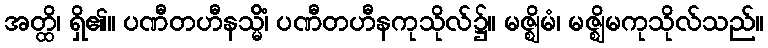
အတ္ထိ၊ ရှိ၏။ ပဏီတဟီနသ္မိံ၊ ပဏီတဟီနကုသိုလ်၌။ မဇ္ဈိမံ၊ မဇ္ဈိမကုသိုလ်သည်။